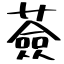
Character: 薟